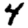
Digit: 4